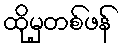
ထိုမှတစ်ဖန်